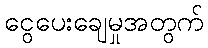
ငွေပေးချေမှုအတွက်